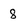
Character: 8